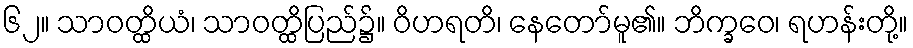
၆၂။ သာဝတ္ထိယံ၊ သာဝတ္ထိပြည်၌။ ဝိဟရတိ၊ နေတော်မူ၏။ ဘိက္ခဝေ၊ ရဟန်းတို့။